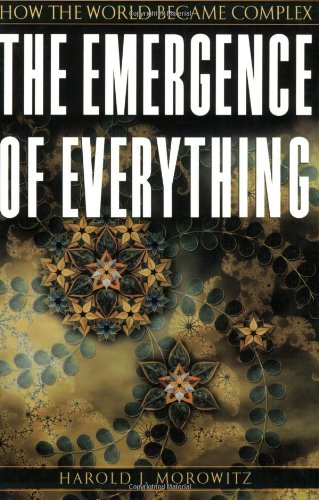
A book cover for The Emergence of Everything: How the World Became Complex; Harold J. Morowitz; Science & Math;